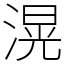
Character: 滉